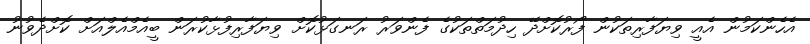
އެހެންކަމުން އެއީ ވިޔަފާރިތަކުން ފޯރުކޮށްދޭ ހިދުމަތްތަކުގެ ފެންވަރު ރަނގަޅުކޮށް ވިޔަފާރިފުޅާކުރަން ބީއެމްއެލްއަށް ކޮށްދެވުނު